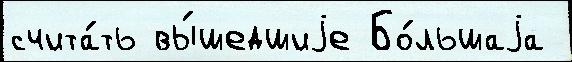
счита́ть вы́шедшиjе Бо́льшаjа